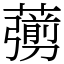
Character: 𦿶